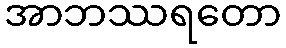
အာဘဿရတော